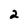
Character: 2